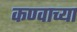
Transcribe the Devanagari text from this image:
कण्वाच्या